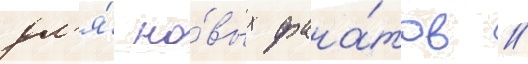
дл'я́ но́вых фана́тов //